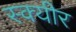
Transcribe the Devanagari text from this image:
स्क्यीर